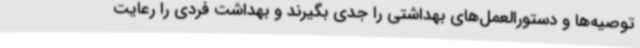
توصیه‌ها و دستورالعمل‌های بهداشتی را جدی بگیرند و بهداشت فردی را رعایت